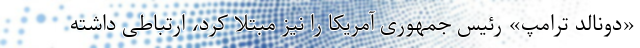
«دونالد ترامپ» رئیس جمهوری آمریکا را نیز مبتلا کرد، ارتباطی داشته